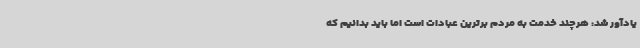
یادآور شد: هرچند خدمت به مردم برترین عبادات است اما باید بدانیم که